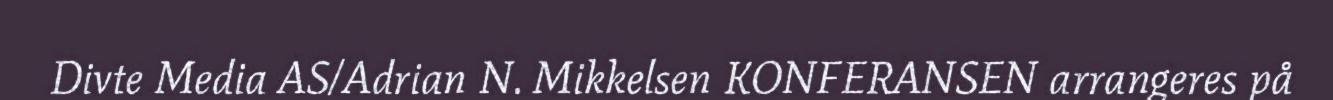
Divte Media AS/Adrian N. Mikkelsen KONFERANSEN arrangeres på